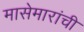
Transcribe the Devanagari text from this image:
मासेमारांची